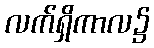
လက်ရှိကာလ၌